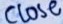
Text: CLOSE